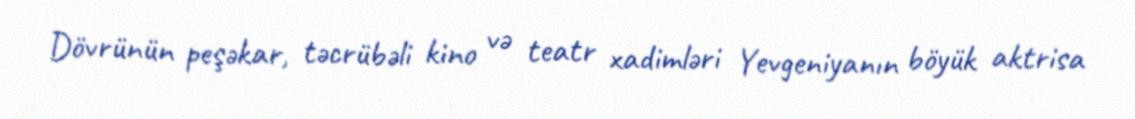
Dövrünün peşəkar, təcrübəli kino və teatr xadimləri Yevgeniyanın böyük aktrisa